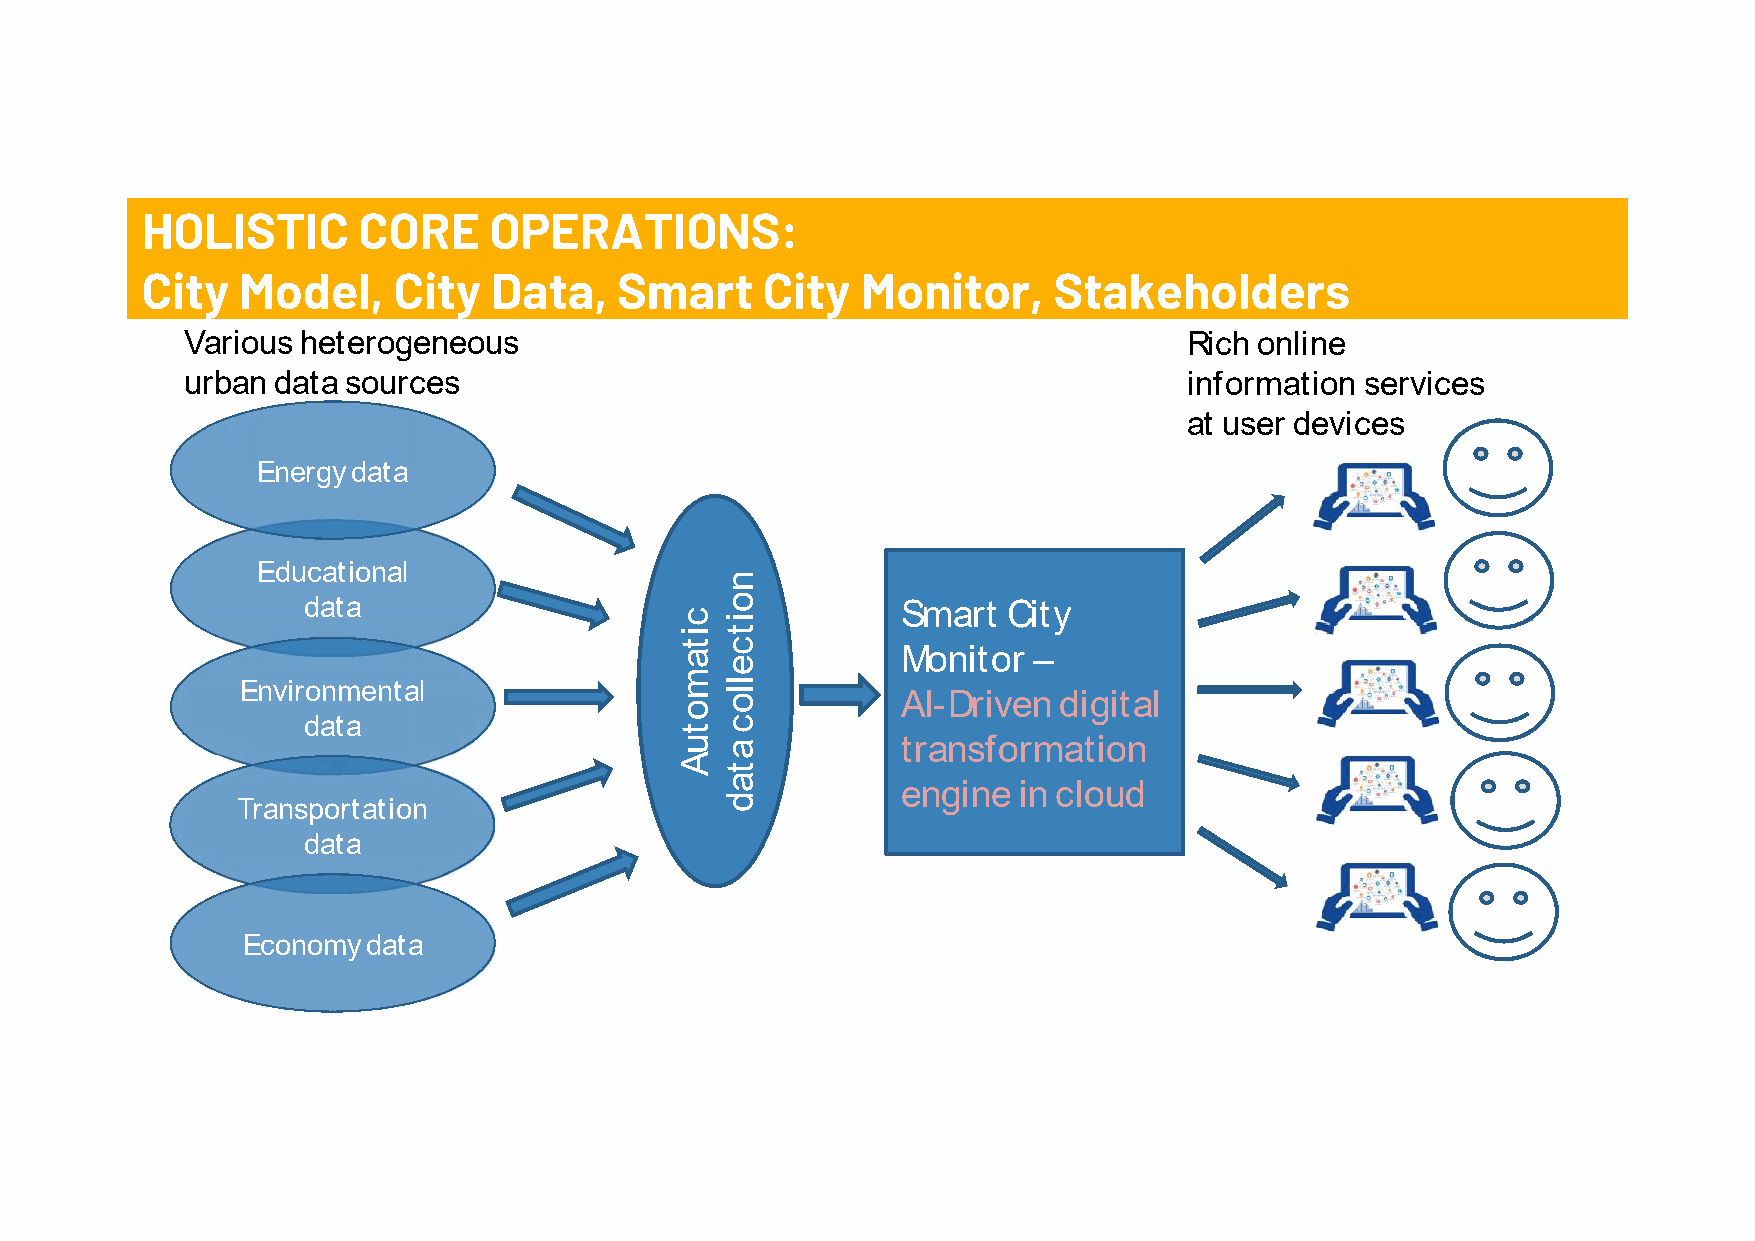
HOLISTIC       CORE    OPERATIONS:
 City   Model,    City   Data,   Smart    City   Monitor,     Stakeholders
 Various heterogeneous                                              Rich online
 urban data sources                                                 information services
 at user devices
 Energy data
 EEdduuccaattiioonnaall
 ddaattaa                                SSmmaarrtt CCiittyy
 MMoonniittoorr ––
 Environmental
 AAII--DDrriivveenn ddiiggiittaall
 data
 ttrraannssffoorrmmaattiioonn
 eennggiinnee iinn cclloouudd
 Transportation
 data
 Economy data
 cciittaammoottuuAA
 nnooiittcceelllloocc
 aattaadd